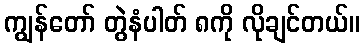
ကျွန်တော် တွဲနံပါတ် ၈ကို လိုချင်တယ်။